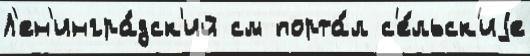
Л'ен'ингра́дск'ий см порта́л с'е́льск'иjе